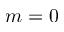
m = 0